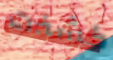
كشفت